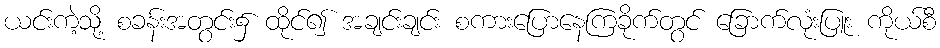
ယင်းကဲ့သို့ စခန်းအတွင်း၌ ထိုင်၍ အချင်းချင်း စကားပြောနေကြခိုက်တွင် ခြောက်လုံးပြူး ကိုယ်စီ